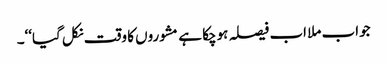
جواب ملا اب فیصلہ ہوچکا ہے مشوروں کا وقت نکل گیا‘‘۔